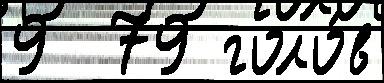
9  79 голо́в